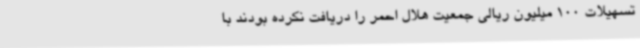
تسهیلات 100 میلیون ریالی جمعیت هلال احمر را دریافت نکرده بودند با